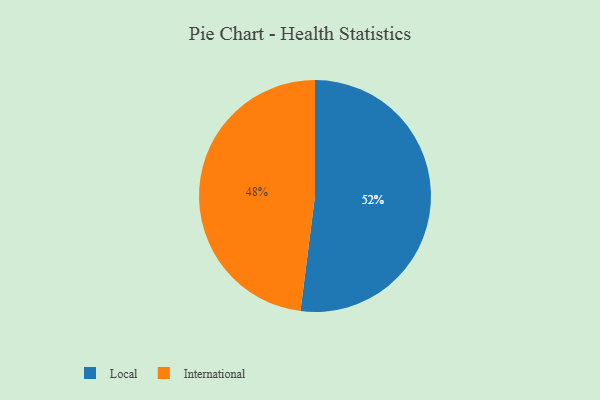
{"axis": {"x": "Category", "y": "Percentage"}, "legend": ["International", "Local"], "data": [{"x": "International", "y": 48, "type": "International"}, {"x": "Local", "y": 52, "type": "Local"}]}